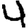
Digit: 4